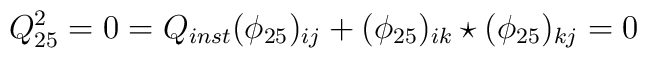
Q_{25}^2=0=Q_{inst}(\phi_{25})_{ij}+(\phi_{25})_{ik}\star(\phi_{25})_{kj}=0